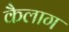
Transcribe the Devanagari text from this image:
कैलाग